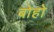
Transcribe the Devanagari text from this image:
बोहो